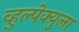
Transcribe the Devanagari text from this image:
व्हुल्पेक्युला